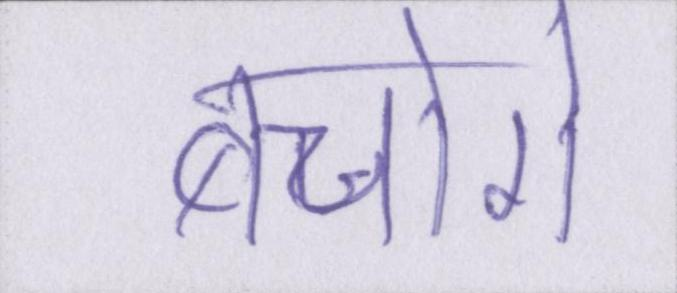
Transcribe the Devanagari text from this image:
बचोगे